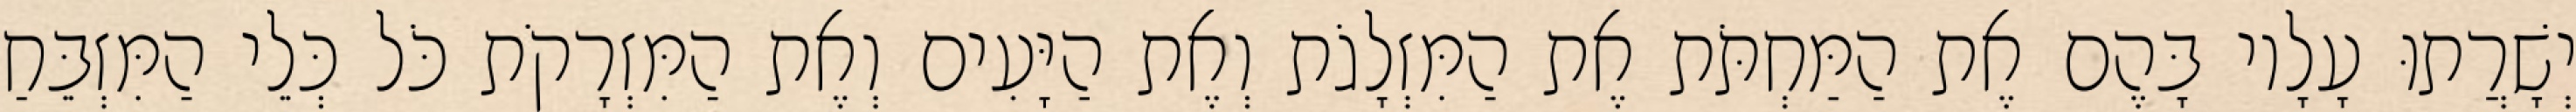
יְשָׁרֲתוּ עָלָיו בָּהֶם אֶת הַמַּחְתֹּת אֶת הַמִּזְלָגֹת וְאֶת הַיָּעִים וְאֶת הַמִּזְרָקֹת כֹּל כְּלֵי הַמִּזְבֵּחַ